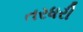
તરધરી